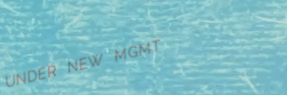
UNDER NEW MGMT